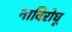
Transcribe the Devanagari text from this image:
नाविरोधू